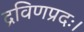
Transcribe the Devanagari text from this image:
द्रविणप्रदः।